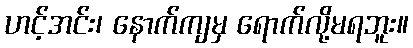
ဟင့်အင်း၊ နောက်ကျမှ ရောက်လို့မရဘူး။